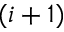
( i + 1 )